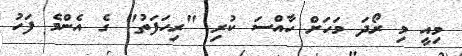
މިއީ މި ރޯދަ މަހަށް ހާއްސަ ކުރި "ރިހަފަތު" ގެ އެންމެ ފަހު